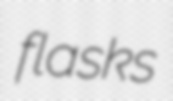
flasks